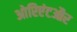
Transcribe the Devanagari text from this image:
ओरिएंटऔर